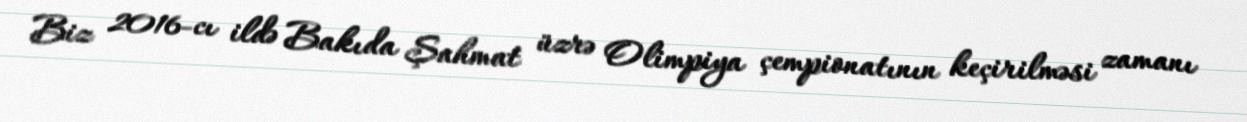
Biz 2016-cı ildə Bakıda Şahmat üzrə Olimpiya çempionatının keçirilməsi zamanı